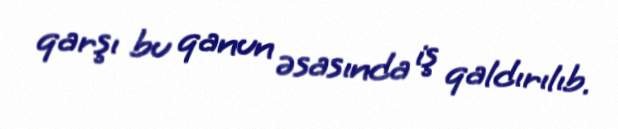
qarşı bu qanun əsasında iş qaldırılıb.